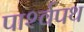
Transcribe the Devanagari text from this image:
पार्श्‍वपथ